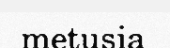
metusia